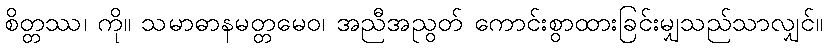
စိတ္တဿ၊ ကို။ သမာဓာနမတ္တမေဝ၊ အညီအညွတ် ကောင်းစွာထားခြင်းမျှသည်သာလျှင်။